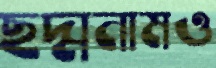
ছদ্মনামও